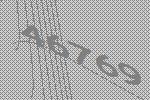
46769